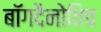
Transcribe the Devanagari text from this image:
बॉगदैनोविच